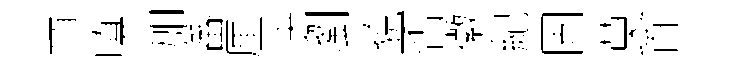
頂嗔加蕃厘決瀏貌否徽紀固莫首